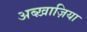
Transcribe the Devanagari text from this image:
अब्ख़ाज़िया